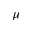
\mu